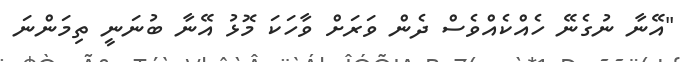
"އޭނާ ނުގެނޭ ހެއްކެއްވެސް ދެން ވަރަށް ވާހަކަ މޮޅު އޭނާ ބުނަނީ ތިމަންނަ